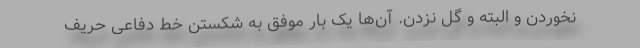
نخوردن و البته و گل نزدن. آن‌ها یک بار موفق به شکستن خط دفاعی حریف